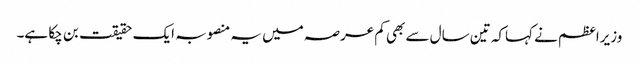
وزیراعظم نے کہاکہ تین سال سے بھی کم عرصہ میں یہ منصوبہ ایک حقیقت بن چکا ہے۔